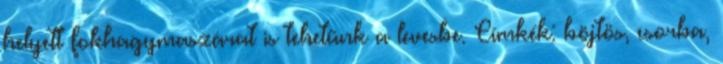
helyett fokhagymaszárat is tehetünk a levesbe. Címkék: böjtös, csorba,